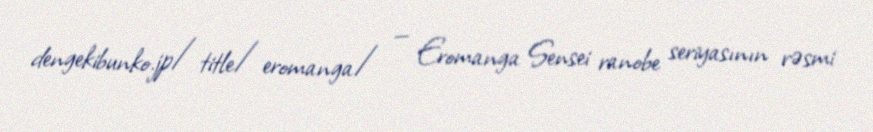
dengekibunko.jp/title/eromanga/ — Eromanga Sensei ranobe seriyasının rəsmi